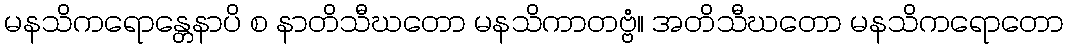
မနသိကရောန္တေနာပိ စ နာတိသီဃတော မနသိကာတဗ္ဗံ။ အတိသီဃတော မနသိကရောတော